画像に写った文字を読んでください
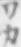
「ワカ」と書いてあります